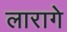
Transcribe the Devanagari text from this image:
लारागे